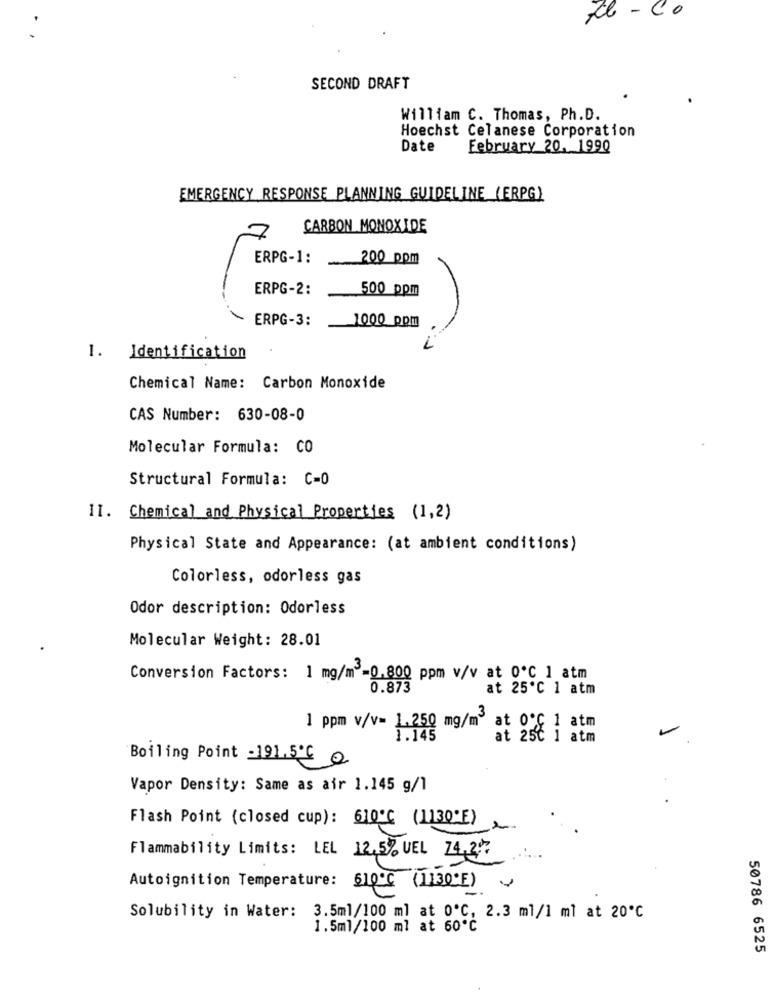
Ab - Co
SECOND DRAFT
William C. Thomas, Ph.D.
Hoechst Celanese Corporation
Date
February 20, 1990
EMERGENCY RESPONSE PLANNING GUIDELINE (ERPG)
CARBON MONOXIDE
ERPG-1:
200 ppm
ERPG-2:
500 ppm
ERPG-3:
1000 ppm
1. Identification
Chemical Name: Carbon Monoxide
CAS Number: 630-08-0
Molecular Formula: CO
Structural Formula: C=0
II. Chemical and Physical Properties (1,2)
Physical State and Appearance: (at ambient conditions)
Colorless, odorless gas
Odor description: Odorless
Molecular Weight: 28.01
Conversion Factors: 1 mg/m3-0.800 ppm v/v at 0℃ 1 atm
0.873
at 25℃ 1 atm
1 ppm v/v= 1.250 mg/m3
at 0℃ 1 atm
1.145
at 25℃ i atm
Boiling Point -191.5℃ 0
Vapor Density: Same as air 1.145 g/l
Flash Point (closed cup): 610℃ (1130E)
Flammability Limits: LEL 12.5% UEL 74.2%
Autoignition Temperature: 510℃ (1130E) v
Solubility in Water: 3.5ml/100 ml at 0℃, 2.3 ml/1 ml at 20℃
1.5ml/100 ml at 60℃
50786 6525